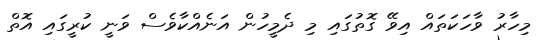
މިހާރު ވާހަކަތައް އިވޭ ގޮތުގައި މި ދެމީހުން އަނެއްކާވެސް ވަނީ ކުރީގައި އޮތް